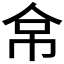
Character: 𰁻